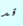
قد